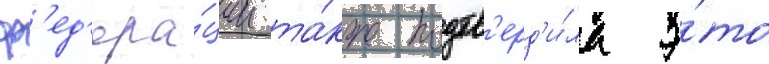
ф'ед'ера́ции та́кже подтв'ерд'и́ла э́то